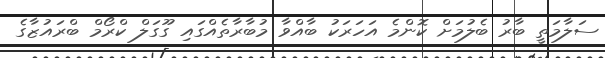
ސަލާމަތީ ބާރު ބެލުމަށް ކޮންމެ އަހަރަކު ބާއްވާ މުބާރާތެއްގައި ގޫގަލް ކްރޯމް ބްރައުޒާގެ